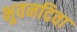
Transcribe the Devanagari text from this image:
भुवनदिवा